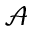
\mathcal { A }